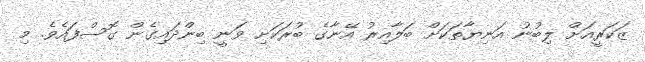
ޒަކަރީއަށް ލިބުނު އަނިޔާތަކަށް ބަލާއިރު އޭނާގެ ބުރަކަށި ވަނީ ބިންދައިގެން ގޮސްފައެވެ. މި